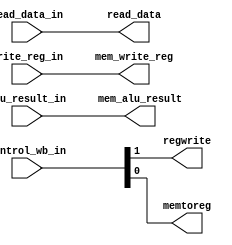
// Course: CSE 401- Computer Architecture
// Term: Winter 2020
// Name: Erika Gutierrez
// ID: 005318270

`timescale 1ns / 1ps
/* mem_wb.v */

module mem_wb(
	input		wire	[1:0]		control_wb_in,
	input		wire	[31:0]	read_data_in, alu_result_in,
	input		wire	[4:0]		write_reg_in,
	output	reg				regwrite, memtoreg,
	output	reg	[31:0]	read_data, mem_alu_result,
	output	reg	[4:0]		mem_write_reg
    );

initial begin
	regwrite <= 0;
	memtoreg <= 0;
	read_data <= 0;
	mem_alu_result <= 0;
	mem_write_reg <= 0;
	//finish this thread
end

always@* begin
	#1
	//finish this thread
	regwrite <= control_wb_in[1];
    memtoreg <= control_wb_in[0];
    read_data <= read_data_in;
    mem_alu_result <= alu_result_in;
    mem_write_reg <= write_reg_in;
end

endmodule // mem_wb